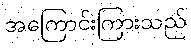
အကြောင်းကြားသည်